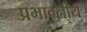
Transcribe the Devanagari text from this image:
प्रभावनीय